Annual administration and progress report of the Indian Medical Department, Bombay
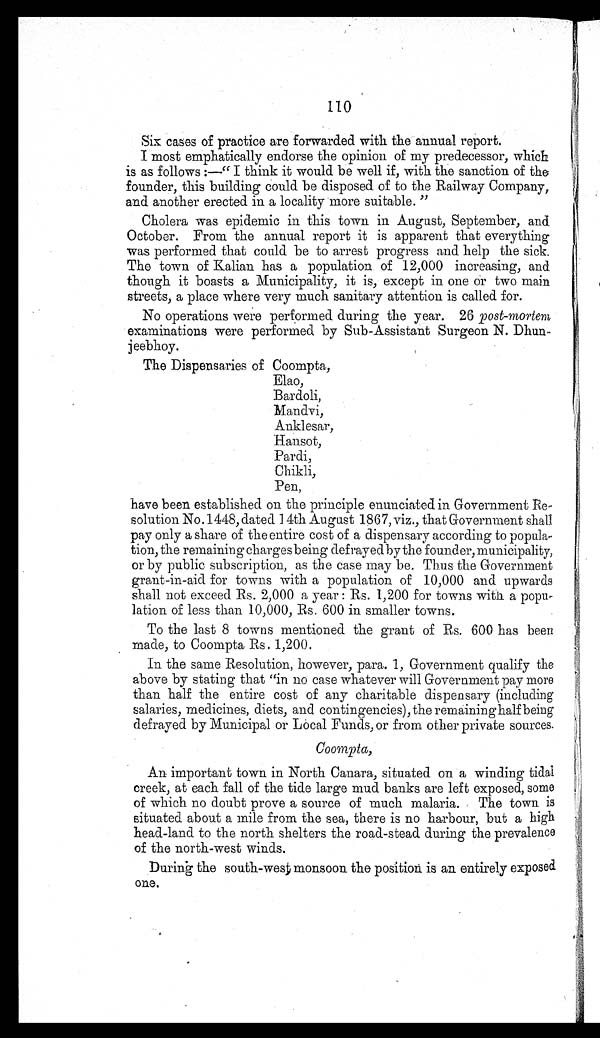
110
Six cases of practice are forwarded with the annual report.
I most emphatically endorse the opinion of my predecessor, which
is as follows :—" I think it would be well if, with the sanction of the
founder, this building could be disposed of to the Railway Company,
and another erected in a locality more suitable. "
Cholera was epidemic in this town in August, September, and
October. From the annual report it is apparent that everything
was performed that could be to arrest progress and help the sick.
The town of Kalian has a population of 12,000 increasing, and
though it boasts a Municipality, it is, except in one or two main
streets, a place where very much sanitary attention is called for.
No operations were performed during the year. 26 post-mortem
examinations were performed by Sub-Assistant Surgeon N. Dhun-
jeebhoy.
The Dispensaries of Coompta,
Elao,
Bardoli,
Mandvi,
Anklesar,
Hansot,
Pardi,
Chikli,
Pen,
have been established on the principle enunciated in Government Re-
solution No.1448, dated 1 4th August 1867, viz., that Government shall
pay only a share of the entire cost of a dispensary according to popula-
tion, the remaining charges being defrayed by the founder, municipality,
or by public subscription, as the case may be. Thus the Government
grant-in-aid for towns with a population of 10,000 and upwards
shall not exceed Rs. 2,000 a year : Rs. 1,200 for towns with a popu-
lation of less than 10,000, Rs. 600 in smaller towns.
To the last 8 towns mentioned the grant of Rs. 600 has been
made, to Coompta Rs. 1,200.
In the same Resolution, however, para. 1, Government qualify the
above by stating that "in no case whatever will Government pay more
than half the entire cost of any charitable dispensary (including
salaries, medicines, diets, and contingencies), the remaining half being
defrayed by Municipal or Local Funds, or from other private sources.
Coompta,
An important town in North Canara, situated on a winding tidal
creek, at each fall of the tide large mud banks are left exposed, some
of which no doubt prove a source of much malaria. The town is
situated about a mile from the sea, there is no harbour, but a high
head-land to the north shelters the road-stead during the prevalence
of the north-west winds.
During the south-west monsoon the position is an entirely exposed
one.